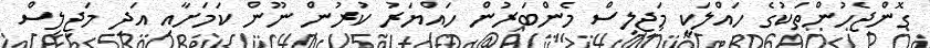
ގޮންޖެހުންތަކުގެ ހައްލަކީ މަޖިލިސް މެންބަރުން ހައްޔަރު ކުރުން ނޫން ކަމަށާއި އަދި މަޖިލިސް